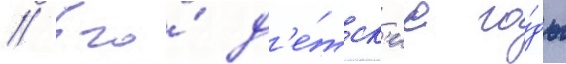
// Его́ д'е́тск'ие го́ды